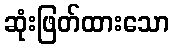
ဆုံးဖြတ်ထားသော